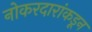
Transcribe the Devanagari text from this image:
नोकरदारांकडून